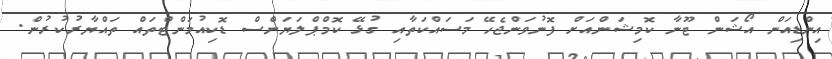
އިންޑިއަން އޯޝަން ޓޫނާ ކޮމިޝަންއަށް ފޮނުވަންޖެހޭ މަސައްކަތާއި ގުޅޭ ކޮމްޕްލަޔަންސް ޑޮކިއުމަންޓްތައް ތައްޔާރުކުރުން.